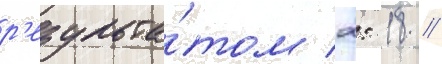
р'езульта́том 2: 18 //